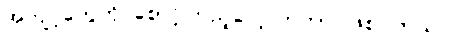
အကျင့်တွေကို စောင့်ကြည့်လေ့လာတာ ဖြစ်ပါတယ်။